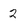
Character: 2